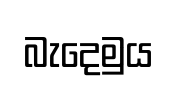
බැදෙමුය